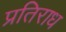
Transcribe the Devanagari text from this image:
प्रतिराध